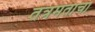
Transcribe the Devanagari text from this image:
तंत्रमताचा